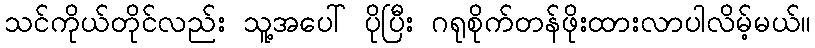
သင်ကိုယ်တိုင်လည်း သူ့အပေါ် ပိုပြီး ဂရုစိုက်တန်ဖိုးထားလာပါလိမ့်မယ်။